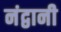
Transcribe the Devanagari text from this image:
नंद्वानी